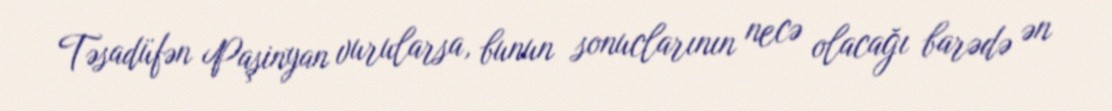
Təsadüfən Paşinyan vurularsa, bunun sonuclarının necə olacağı barədə ən